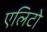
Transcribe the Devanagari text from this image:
एलिटो